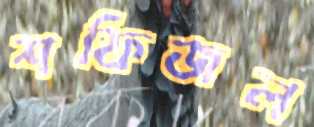
শফিজল